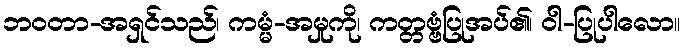
ဘဝတာ-အရှင်သည်၊ ကမ္မံ-အမှုကို၊ ကတ္တဗ္ဗံပြုအပ်၏၊ ဝါ-ပြုပါလော။